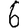
Digit: 6